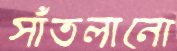
সাঁতলানো